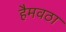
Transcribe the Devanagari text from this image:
हैमवठा